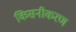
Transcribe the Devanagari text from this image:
किसनीकरण